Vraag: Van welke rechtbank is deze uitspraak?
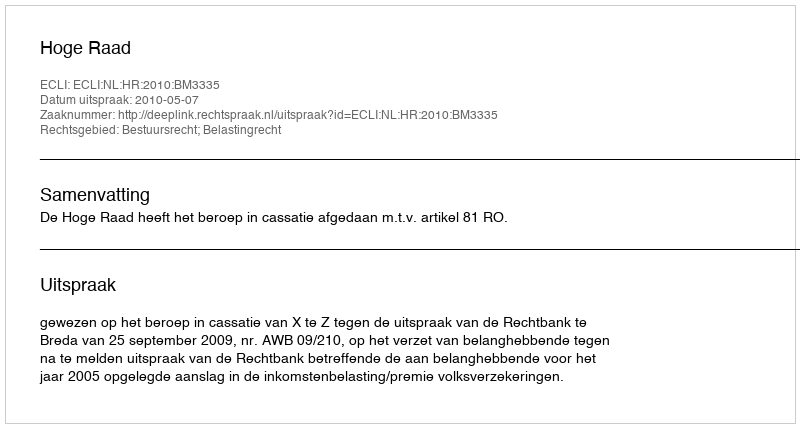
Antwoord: Hoge Raad